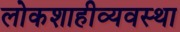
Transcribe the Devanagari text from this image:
लोकशाहीव्यवस्था